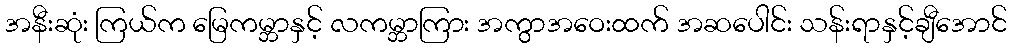
အနီးဆုံး ကြယ်က မြေကမ္ဘာနှင့် လကမ္ဘာကြား အကွာအဝေးထက် အဆပေါင်း သန်းရာနှင့်ချီအောင်